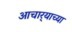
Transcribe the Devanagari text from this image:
आचार्‍याच्या